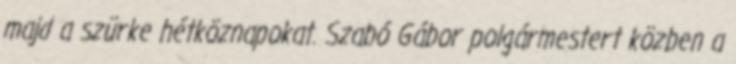
majd a szürke hétköznapokat. Szabó Gábor polgármestert közben a